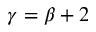
\gamma = \beta + 2